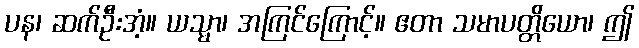
ပန၊ ဆက်ဦးအံ့။ ယသ္မာ၊ အကြင်ကြောင့်။ ဧတာ သမာပတ္တိယော၊ ဤ